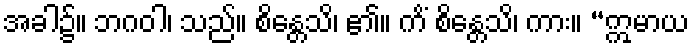
အခါ၌။ ဘဂဝါ၊ သည်။ စိန္တေသိ၊ ၏။ ကိံ စိန္တေသိ၊ ကား။ “ဣမာယ